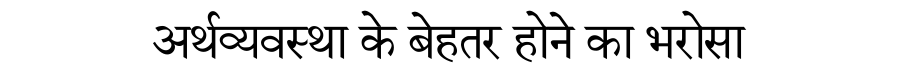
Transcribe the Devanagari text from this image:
अर्थव्यवस्था के बेहतर होने का भरोसा